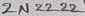
Text: 2N2222